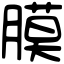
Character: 膜